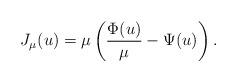
LaTeX: \begin{align*} J_{\mu}(u)=\mu\left(\frac{\Phi(u)}{\mu}-\Psi(u)\right).\end{align*}